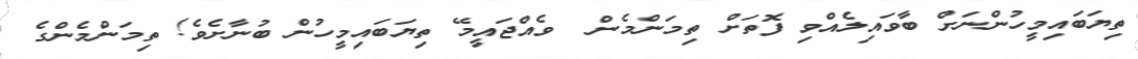
ތިޔަބައިމީހުންނަށް ބާވައިލެއްވި ފޮތަށް ތިމަންމެން  ވެއްޖައީމޭ ތިޔަބައިމީހުން ބުނާށެވެ! ތިމަންމެންގެ